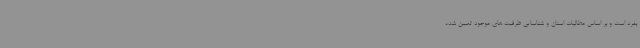
بفرد است و بر اساس مطالبات استان و شناسایی ظرفیت های موجود تعیین شده